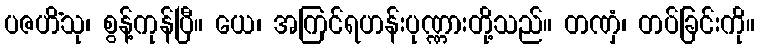
ပဇဟိံသု၊ စွန့်ကုန်ပြီ။ ယေ၊ အကြင်ရဟန်းပုဏ္ဏားတို့သည်။ တဏှံ၊ တပ်ခြင်းကို။